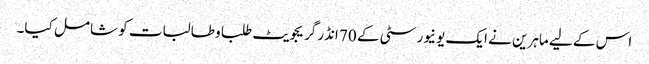
اس کے لیے ماہرین نے ایک یونیورسٹی کے 70 انڈرگریجویٹ طلبا و طالبات کو شامل کیا۔